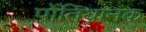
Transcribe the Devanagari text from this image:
पोंतियानक